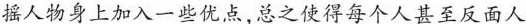
摇人物身上加入一些优点,总之使得每个人甚至反面人